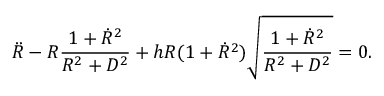
{ \ddot { R } } - R \frac { 1 + { \dot { R } } ^ { 2 } } { R ^ { 2 } + D ^ { 2 } } + h R ( 1 + { \dot { R } } ^ { 2 } ) \sqrt { \frac { 1 + { \dot { R } } ^ { 2 } } { R ^ { 2 } + D ^ { 2 } } } = 0 .